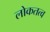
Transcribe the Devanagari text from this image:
लोकतत्‍व